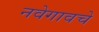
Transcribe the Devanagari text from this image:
नवेगावचे